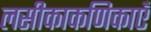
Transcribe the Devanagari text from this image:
लसीकाकणिकाएँ